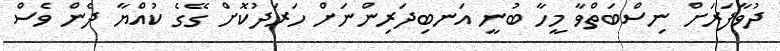
ދުވާފަރަށް ނިސްބަތްވާ މީހާ ބުނީ އަނބިދަރިންނަށް ހަރަދުކޮށް ގޭގެ ކުއްޔާ ދެން ވެސް